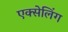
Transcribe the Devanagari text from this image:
एक्सेलिंग